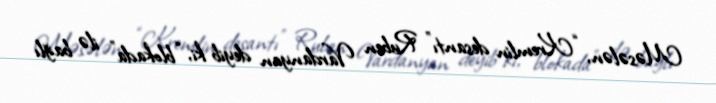
Məsələn, “Kremlin desantı” Ruben Vardanyan deyib ki, “blokada” ilə bağlı